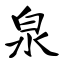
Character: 泉